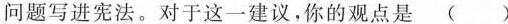
问题写进宪法。对于这一建议，你的观点是 ( )